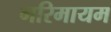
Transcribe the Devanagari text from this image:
गरिमायम